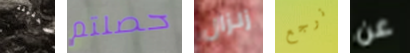
للحقيقة حصلتم زلزال نرجع عن